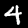
Digit: 4